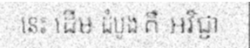
នេះ ដើម ដំបូង គឺ អវិជ្ជា